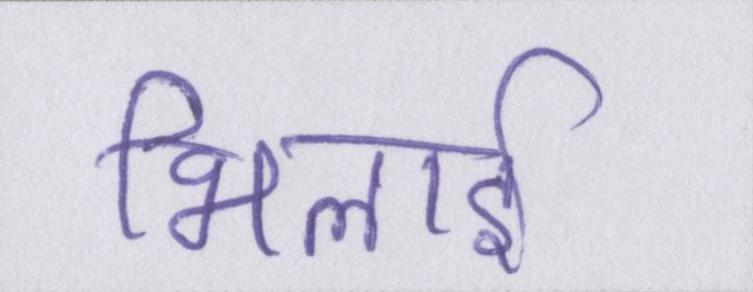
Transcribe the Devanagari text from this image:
भिलाई